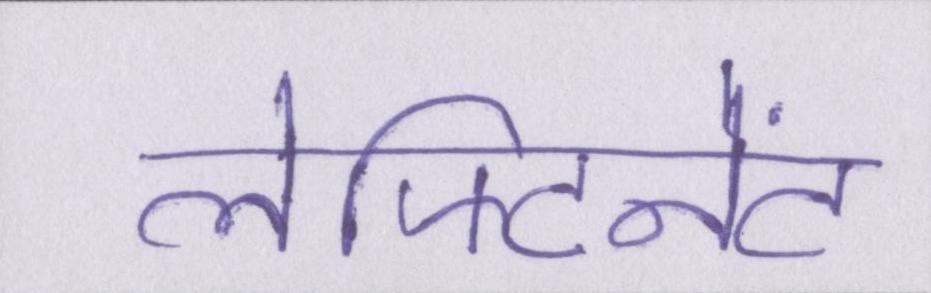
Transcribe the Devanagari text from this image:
लेफ्टिनेंट